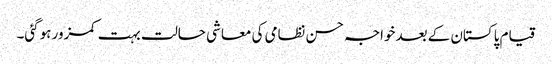
قیام پاکستان کے بعدخواجہ حسن نظامی کی معاشی حالت بہت کمزور ہوگئی۔